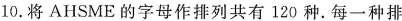
10.将AHSME的字母作排列共有120种。每一种排